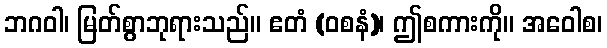
ဘဂဝါ၊ မြတ်စွာဘုရားသည်။ ဧတံ (ဝစနံ)၊ ဤစကားကို။ အဝေါစ၊